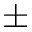
\pm